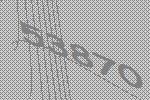
53870